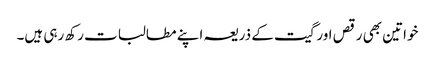
خواتین بھی رقص اورگیت کے ذریعہ اپنے مطالبات رکھ رہی ہیں۔